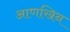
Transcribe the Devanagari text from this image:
आणखिन